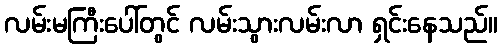
လမ်းမကြီးပေါ်တွင် လမ်းသွားလမ်းလာ ရှင်းနေသည်။